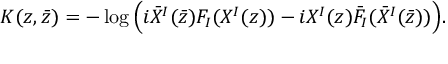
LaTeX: K ( z , \bar { z } ) = - \log \Big ( i \bar { X } ^ { I } ( \bar { z } ) F _ { I } ( X ^ { I } ( z ) ) - i X ^ { I } ( z ) \bar { F } _ { I } ( \bar { X } ^ { I } ( \bar { z } ) ) \Big ) .